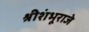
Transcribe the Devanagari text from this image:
श्रीशंभूराजे